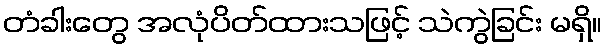
တံခါးတွေ အလုံပိတ်ထားသဖြင့် သဲကွဲခြင်း မရှိ။